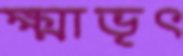
ক্ষ্মাভৃৎ